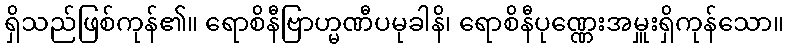
ရှိသည်ဖြစ်ကုန်၏။ ရောစိနီဗြာဟ္မဏီပမုခါနိ၊ ရောစိနီပုဏ္ဏေးအမှူးရှိကုန်သော။